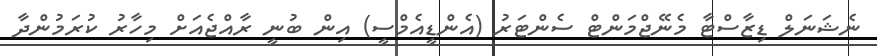
ނެޝަނަލް ޑިޒާސްޓާ މެނޭޖްމަންޓް ސެންޓަރު (އެންޑީއެމްސީ) އިން ބުނީ ރާއްޖެއަށް މިހާރު ކުރަމުންދާ